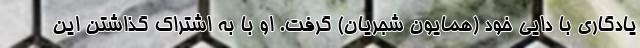
یادگاری با دایی خود (همایون شجریان) گرفت. او با به اشتراک گذاشتن این